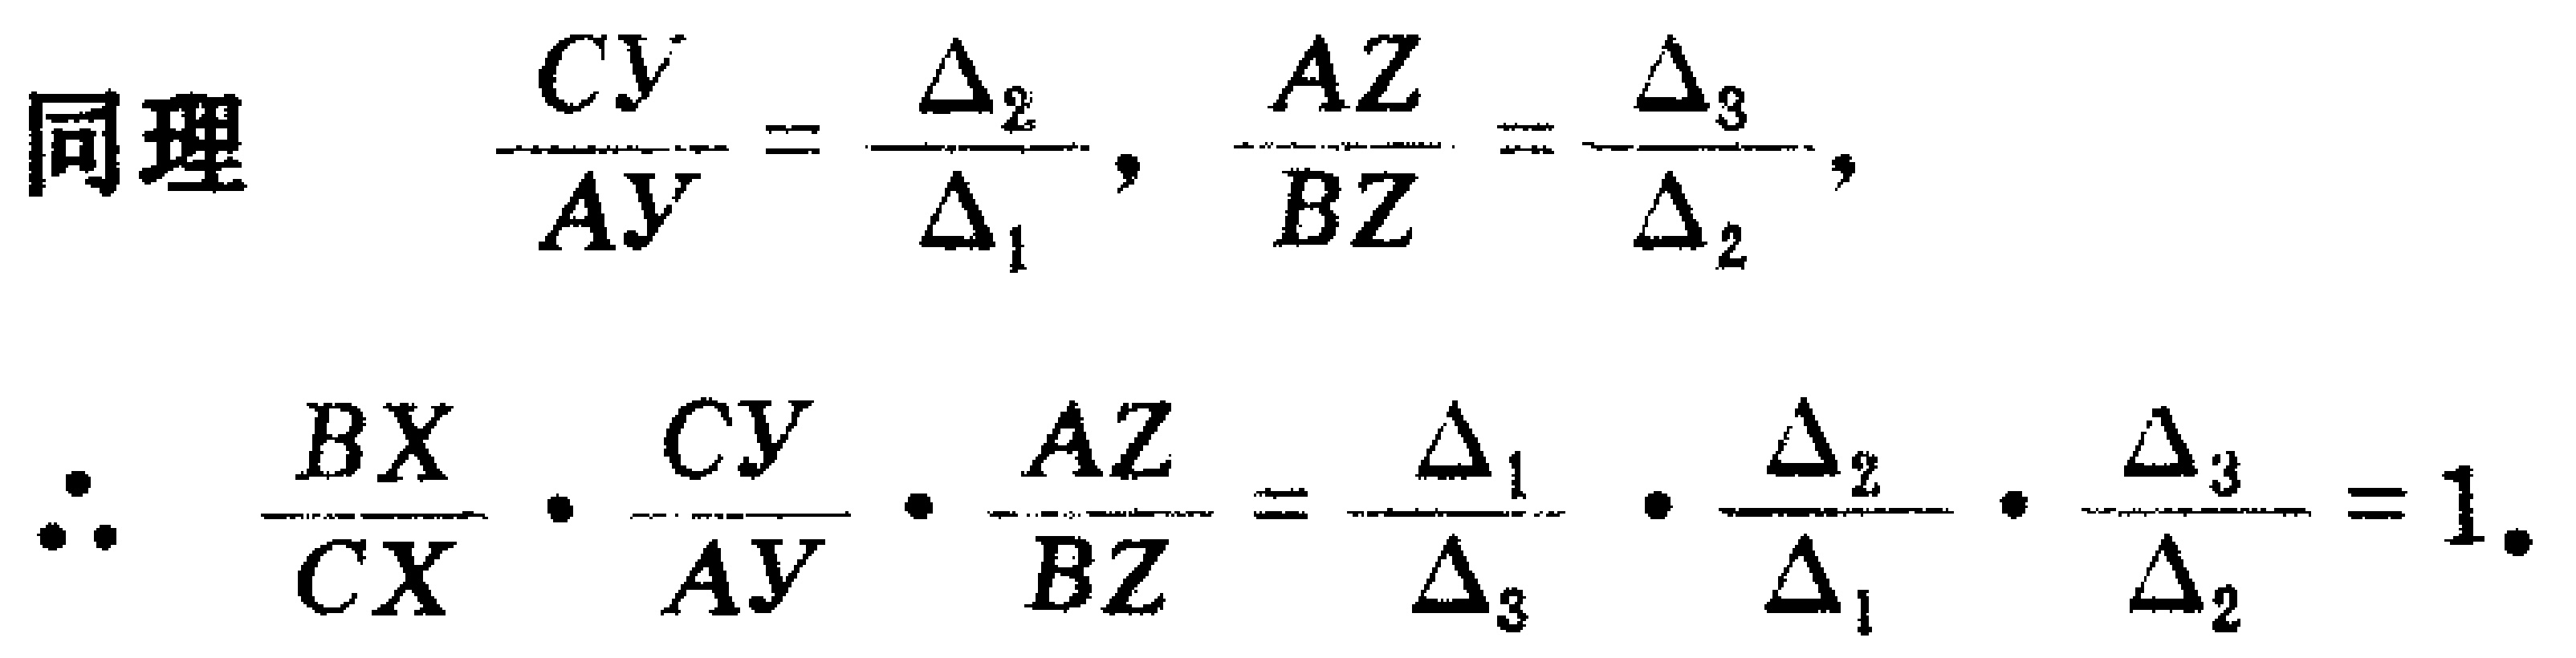
同理

\(\frac{CY}{AY}=\frac{\Delta_{2}}{\Delta_{1}},\frac{AZ}{BZ}=\frac{\Delta_{3}}{\Delta_{2}},\)

\(\therefore\frac{BX}{CX}\cdot\frac{CY}{AY}\cdot\frac{AZ}{BZ}=\frac{\Delta_{1}}{\Delta_{3}}\cdot\frac{\Delta_{2}}{\Delta_{1}}\cdot\frac{\Delta_{3}}{\Delta_{2}} = 1.\)